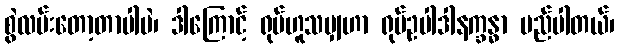
စွဲလမ်းတော့တာပါပဲ၊ ဒါကြောင့် ရုပ်ဟူသမျှဟာ ရုပ်ဥပါဒါနက္ခန္ဓာ မည်ပါတယ်၊